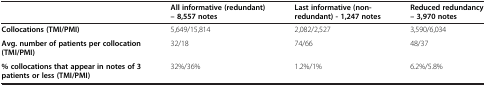
|  | All informative (redundant) – 8,557 notes | Last informative (non-redundant) - 1,247 notes | Reduced redundancy – 3,970 notes |
 | --- | --- | --- | --- |
 | Collocations (TMI/PMI) | 5,649/15,814 | 2,082/2,527 | 3,590/6,034 |
 | Avg. number of patients per collocation (TMI/PMI) | 32/18 | 74/66 | 48/37 |
 | % collocations that appear in notes of 3 patients or less (TMI/PMI) | 32%/36% | 1.2%/1% | 6.2%/5.8% |